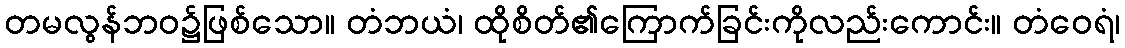
တမလွန်ဘဝ၌ဖြစ်သော။ တံဘယံ၊ ထိုစိတ်၏ကြောက်ခြင်းကိုလည်းကောင်း။ တံဝေရံ၊